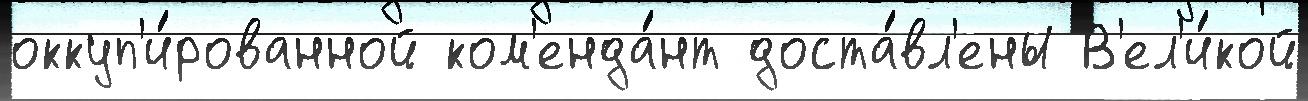
оккуп'и́рованной ком'енда́нт доста́вл'ены В'ел'и́кой